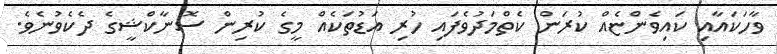
ވާހަކައާއި ކައިވެންޏެއް ކުރަން ކެތްމަދުވެފައި ހުރި އަޑުތަކެއް މީގެ ކުރިން ސޮނާކްޝީގެ ދެކެވުނެވެ.